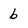
Character: b